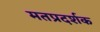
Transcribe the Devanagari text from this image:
मतप्रदर्शक